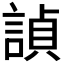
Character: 𬢵